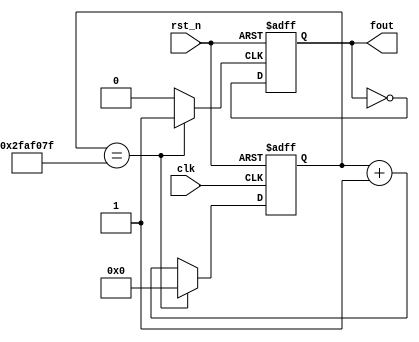
`timescale 1ns / 1ps
//////////////////////////////////////////////////////////////////////////////////
// Company: 
// Engineer: 
// 
// Design Name: 
// Module Name: lab3_4fre
// Project Name: 
// Target Devices: 
// Tool Versions: 
// Description: 
// 
// Dependencies: 
// 
// Revision:
// Revision 0.01 - File Created
// Additional Comments:
// 
//////////////////////////////////////////////////////////////////////////////////


module lab3_4fre(
    input clk,
    output fout,
    input rst_n
    );
    
    //def  cnt
    reg [26:0]cnt,cnt_tmp;
    
    //def  clk_temp
    reg clk_tmp,s_cnt,s_cnt_tmp;    
    
    // Combinational logics
    always @(cnt)
        if(cnt == 49999999) cnt_tmp <= 0;
        else cnt_tmp <= cnt + 1;
    //clk_temp 0.5s
    always @(cnt)
        if(cnt == 49999999) clk_tmp <= 1;
        else clk_tmp <= 0;
        
    //slow 
    always @(s_cnt)
        s_cnt_tmp <= ~s_cnt ;  
        
    assign fout = s_cnt;
       
    //Flip flop with 0.5s freq
    always @(posedge clk_tmp or negedge rst_n)
        if (~rst_n) s_cnt <= 0;
        else s_cnt <= s_cnt_tmp;                    
    // Flip flops
    always @(posedge clk or negedge rst_n)
        if (~rst_n) cnt <= 27'b0;
        else cnt <= cnt_tmp;
        
endmodule